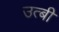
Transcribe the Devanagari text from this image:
उत्बी